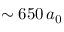
\sim 6 5 0 \, a _ { 0 }